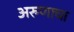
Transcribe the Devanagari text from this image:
अरुणाचा